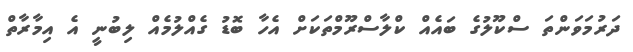
ދަރުމަވަންތަ ސްކޫލުގެ ބައެއް ކްލާސްރޫމްތަކަށް އެހާ ބޮޑު ގެއްލުމެއް ލިބުނީ އެ އިމާރާތް